Scientific memoirs by medical officers of the Army of India - Part IV,
Year: 1889
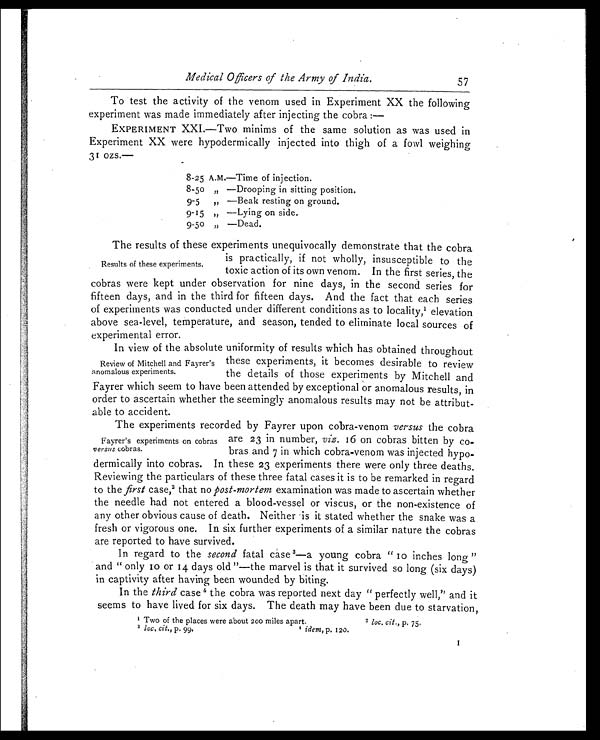
Medical Officers of the Army of India.
57
To test the activity of the venom used in Experiment XX the following
experiment was made immediately after injecting the cobra:—
EXPERIMENT XXI.—Two minims of the same solution as was used in
Experiment XX were hypodermically injected into thigh of a fowl weighing
31 ozs.—
8-25 A.M.—Time of injection.
8-50 „ —Drooping in sitting position.
9-5 „ —Beak resting on ground.
9-15 „ —Lying on side.
9-50 ,, —Dead.
Results of these experiments.
The results of these experiments unequivocally demonstrate that the cobra
is practically, if not wholly, insusceptible to the
toxic action of its own venom. In the first series, the
cobras were kept under observation for nine days, in the second series for
fifteen days, and in the third for fifteen days. And the fact that each series
of experiments was conducted under different conditions as to locality,1 elevation
above sea-level, temperature, and season, tended to eliminate local sources of
experimental error.
Review of Mitchell and Fayrer's
anomalous experiments.
In view of the absolute uniformity of results which has obtained throughout
these experiments, it becomes desirable to review
the details of those experiments by Mitchell and
Fayrer which seem to have been attended by exceptional or anomalous results, in
order to ascertain whether the seemingly anomalous results may not be attribut
-able to accident.
Fayrer's experiments on cobras
versus cobras.
The experiments recorded by Fayrer upon cobra-venom versus the cobra
are 23 in number, viz. 16 on cobras bitten by co-
bras and 7 in which cobra-venom was injected hypo
- d e r m i c a l l y i n t o c o b r a s . I n t h e s e 2 3 e x p e r i m e n t s t h e r e w e r e o n l y t h r e e d e a t h s .
Reviewing the particulars of these three fatal cases it is to be remarked in regard
to the first case, 2 t hat nop o s t - m o r t e m
e x a m i n a t i o n w a s m a d e t o a s c e r t a i n w h e t h e r
the needle had not entered a blood-vessel or viscus, or the non-existence of
any other obvious cause of death. Neither is it stated whether the snake was a
fresh or vigorous one. In six further experiments of a similar nature the cobras
are reported to have survived.
In regard to the second f a t a l c a s e 3 —a y o u n g c o b r a " 1 0 i n c h e s l o n g "
and "only 10 or 14 days old"—the marvel is that it survived so long (six days)
in captivity after having been wounded by biting.
In the third case 4 the cobra was reported next day "perfectly well," and it
seems to have lived for six days. The death may have been due to starvation,
1 Two of the places were about 200 miles apart.
2 loc. cit., p. 75.
3 loc, cit., p. 99.
4 idem, p. 120.